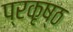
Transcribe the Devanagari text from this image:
प्रकृष्ठ